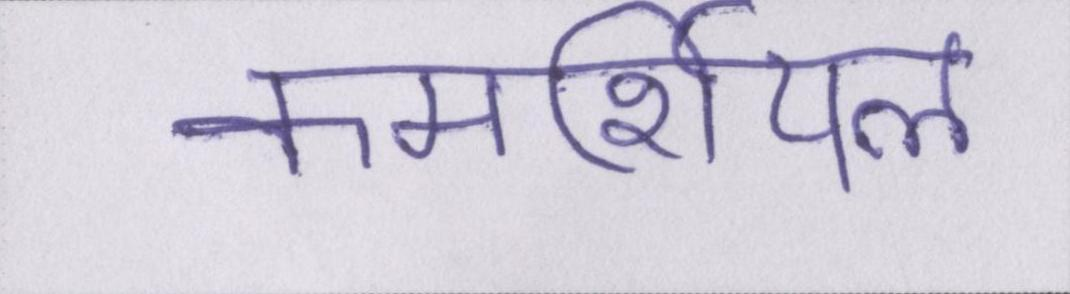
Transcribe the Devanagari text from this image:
कमर्शियल